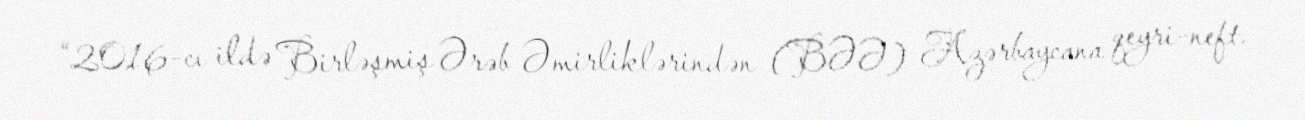
“2016-cı ildə Birləşmiş Ərəb Əmirliklərindən (BƏƏ) Azərbaycana qeyri-neft